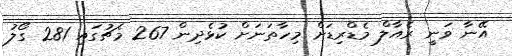
އޭނާ ވަނީ ރެއާލް މެޑްރިޑަށް މިހާތަނަށް ކުޅެދިން 267 މެޗުގައި 281 ގޯލު